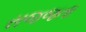
સજજતા